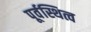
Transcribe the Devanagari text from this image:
पूर्वस्थित्व